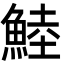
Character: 鯥